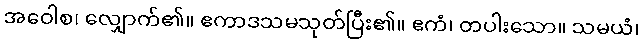
အဝေါစ၊ လျှောက်၏။ ဧကာဒသမသုတ်ပြီး၏။ ဧကံ၊ တပါးသော။ သမယံ၊